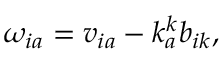
\omega _ { i a } = v _ { i a } - k _ { a } ^ { k } b _ { i k } ,